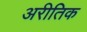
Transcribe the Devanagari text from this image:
अरीतिक